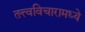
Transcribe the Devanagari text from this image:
तत्त्वविचारामध्ये